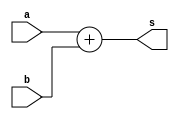
module adder(a,b,s);
  input [7:0] a;
  input [7:0] b;
//  input cin;
//  output cout;
  output [8:0] s;
  assign s = a + b;
endmodule